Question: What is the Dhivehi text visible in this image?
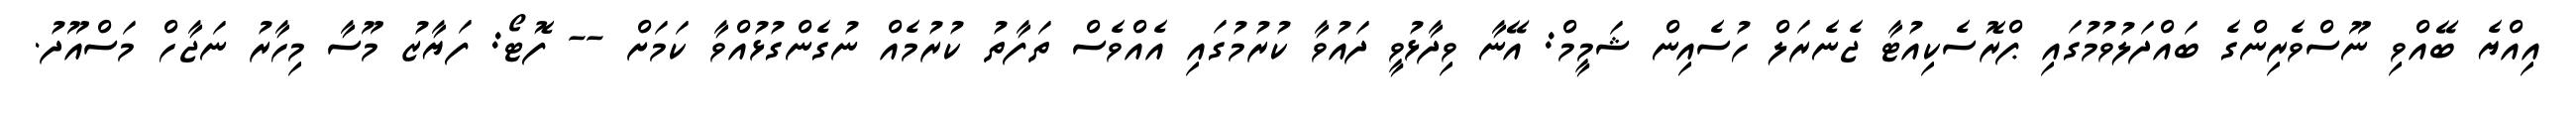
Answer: އިއްޔެ ބޭއްވި ނޫސްވެރިންގެ ބައްދަލުވުމުގައި ޕްރޮސެކިއުޓާ ޖެނެރަލް ހުސެއިން ޝަމީމް: އޭނާ ވިދާޅުވީ ދައުވާ ކުރުމުގައި އެއްވެސް ތަފާތު ކުރުމެއް ނުގެންގުޅުއްވާ ކަމަށް -- ފޮޓޯ: ފަޔާޒު މޫސާ މިހާރު ނަޖާހް މަސްއޫދު.